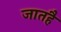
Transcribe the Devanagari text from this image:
जातहै